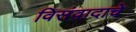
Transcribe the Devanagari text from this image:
विसंवादाचे